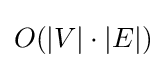
O(|V|\cdot |E|)